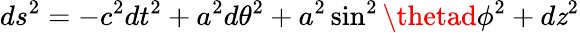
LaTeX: ds^{2}=-c^{2}dt^{2}+a^{2}d\theta^{2}+a^{2}\sin^{2}\thetad\phi^{2}+d\mathit{z}^{2}